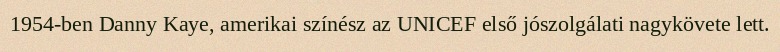
1954-ben Danny Kaye, amerikai színész az UNICEF első jószolgálati nagykövete lett.